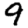
Digit: 9